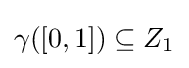
\gamma ([0,1])\subseteq Z_{1}